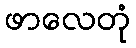
ဖာလေတုံ